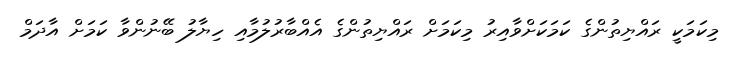
މިކަމަކީ ރައްޔިތުންގެ ކަމަކަށްވާއިރު މިކަމަށް ރައްޔިތުންގެ އެއްބާރުލުމާއި ހިޔާލު ބޭނުންވާ ކަމަށް އާދަމް